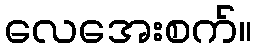
လေအေးစက်။